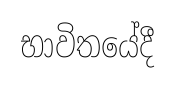
භාවිතයේදී